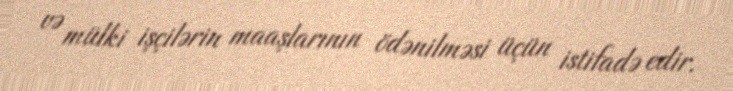
və mülki işçilərin maaşlarının ödənilməsi üçün istifadə edir.